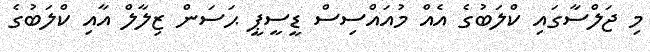
މި ޖަލްސާގައި ކްލަބުގެ އެއް މުއައްސިސް ޑީސީޕީ ޙަސަން ޒިލާލް އާއި ކްލަބުގެ